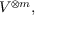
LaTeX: V ^ { \otimes m } ,